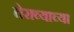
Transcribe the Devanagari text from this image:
तेराव्याच्या